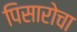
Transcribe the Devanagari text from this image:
पिसारोचा